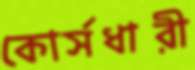
কোর্সধারী